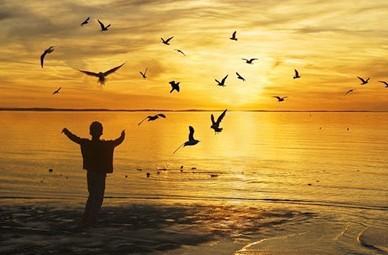
结交在相知，骨肉何必亲。